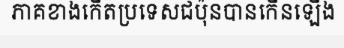
ភាគខាងកើតប្រទេសជប៉ុនបានកើនឡើង